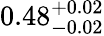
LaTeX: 0.48_{-0.02}^{+0.02}